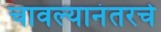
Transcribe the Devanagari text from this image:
चावल्यानंतरचे